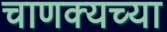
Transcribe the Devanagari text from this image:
चाणक्यच्या